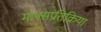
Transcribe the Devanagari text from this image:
मानसप्रतिक्रिया